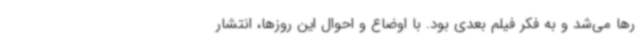
رها می‌شد و به فکر فیلم بعدی بود. با اوضاع و احوال این روزها، انتشار